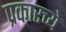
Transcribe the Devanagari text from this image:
प्रकारच्ये